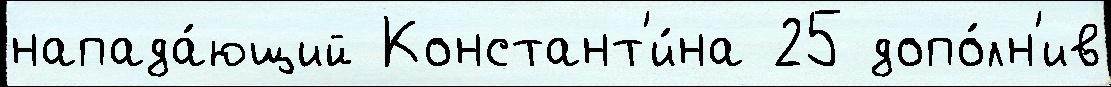
напада́ющий Констант'и́на 25 допо́лн'ив